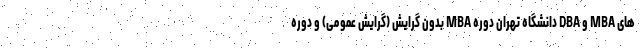
های MBA و DBA دانشگاه تهران دوره MBA بدون گرایش (گرایش عمومی) و دوره